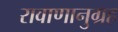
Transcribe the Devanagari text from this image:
रावाणानुग्रह